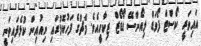
އައިވަރީ ކޯސްޓް ފޯވަޑް ލިއޯންސޭ ޑޯޑޯޒް ޒިކާހީއެވެ. މެޗުގެ ފަހުކޮޅުގައި ނިއުއިން ކުޅެފައިވަނީ